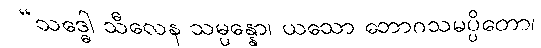
“သဒ္ဓေါ သီလေန သမ္ပန္နော၊ ယသော ဘောဂသမပ္ပိတော၊